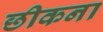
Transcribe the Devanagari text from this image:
छीकना